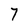
Character: 7